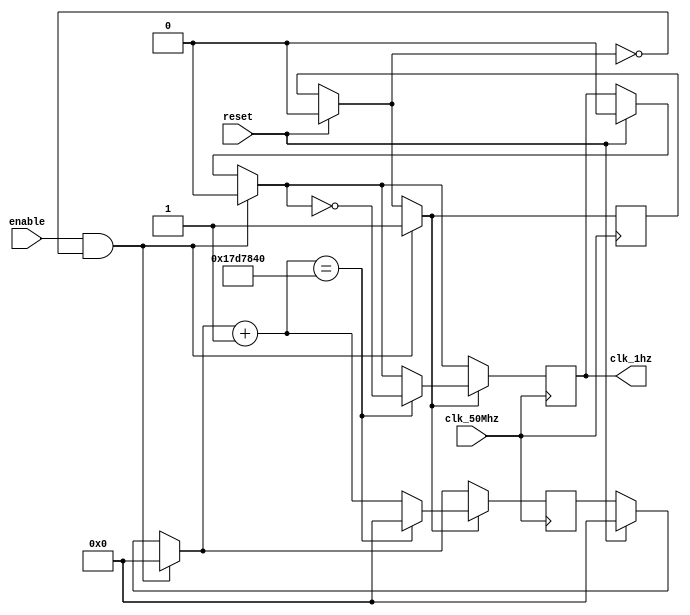
// Course:	ECE 5440
// Module:	clock 1hz
// Describle:	generate 1hz out clock from 50Mhz input clock
module clock_1hz (
	input clk_50Mhz,
	input reset,
	input enable,
	output clk_1hz);

reg [31:0] counter;
reg clk_out;
reg enable_flag;

initial begin
	counter <= 32'b0;
	clk_out <= 1'b0;
end

always @ (posedge clk_50Mhz) begin

	if(reset) begin
		counter = 32'b0;
		clk_out = 1'b0;
		enable_flag = 0;
	end

	if(enable == 1 && enable_flag == 0) begin
		enable_flag = 1;
		counter = 32'b0;
		clk_out = 1'b0;
	end

	if(enable_flag) begin
		counter = counter + 1'b1;
	if (counter == 25000000) begin	//actual value for 1[s]
//		if (counter == 24) begin // only for simulation 24 pulses of 50Mhz to generate 1 pulse/1 second
		clk_out = !clk_out;
		counter = 32'b0;
		end
	end
	
end

assign clk_1hz = clk_out;

endmodule